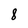
Character: 8